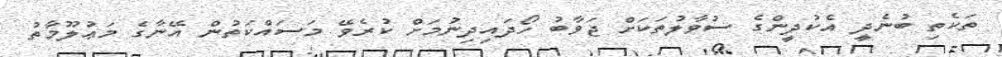
ތަކެތި ބުނެދީ އެކުދީންގެ ސުވާލުތަކަށް ޖަވާބު ހޯދައިދިނުމަށް ކުރެވޭ މަސައްކަތުން އޭނާގެ މަޢުލޫމާތު